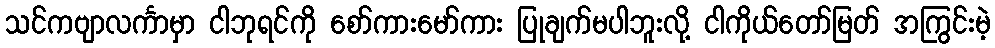
သင်ကဗျာလင်္ကာမှာ ငါဘုရင်ကို စော်ကားမော်ကား ပြုချက်မပါဘူးလို့ ငါကိုယ်တော်မြတ် အကြွင်းမဲ့